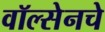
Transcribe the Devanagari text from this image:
वॉल्सेनचे